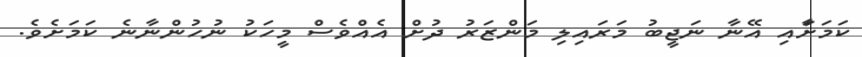
ކަމަށާައި އޭނާ ނަޖީބު މަރައިލި މަންޒަރު ދުށް އެއްވެސް މީހަކު ނުހުންނާނެ ކަމަށެވެ.